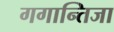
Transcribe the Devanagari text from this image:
गगान्तिजा